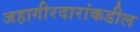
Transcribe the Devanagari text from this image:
जहागीरदारांकडील